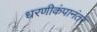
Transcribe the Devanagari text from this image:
धरणीकंपानंतर